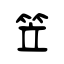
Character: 笠